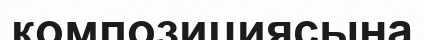
композициясына